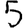
Digit: 5